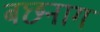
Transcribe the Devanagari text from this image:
बछनाग